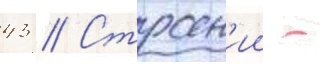
43 // Строен'ии -